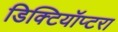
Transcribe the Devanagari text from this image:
डिक्टियॉप्टरा